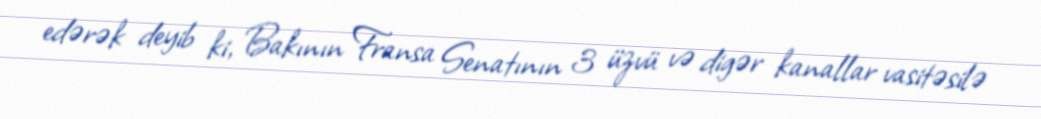
edərək deyib ki, Bakının Fransa Senatının 3 üzvü və digər kanallar vasitəsilə